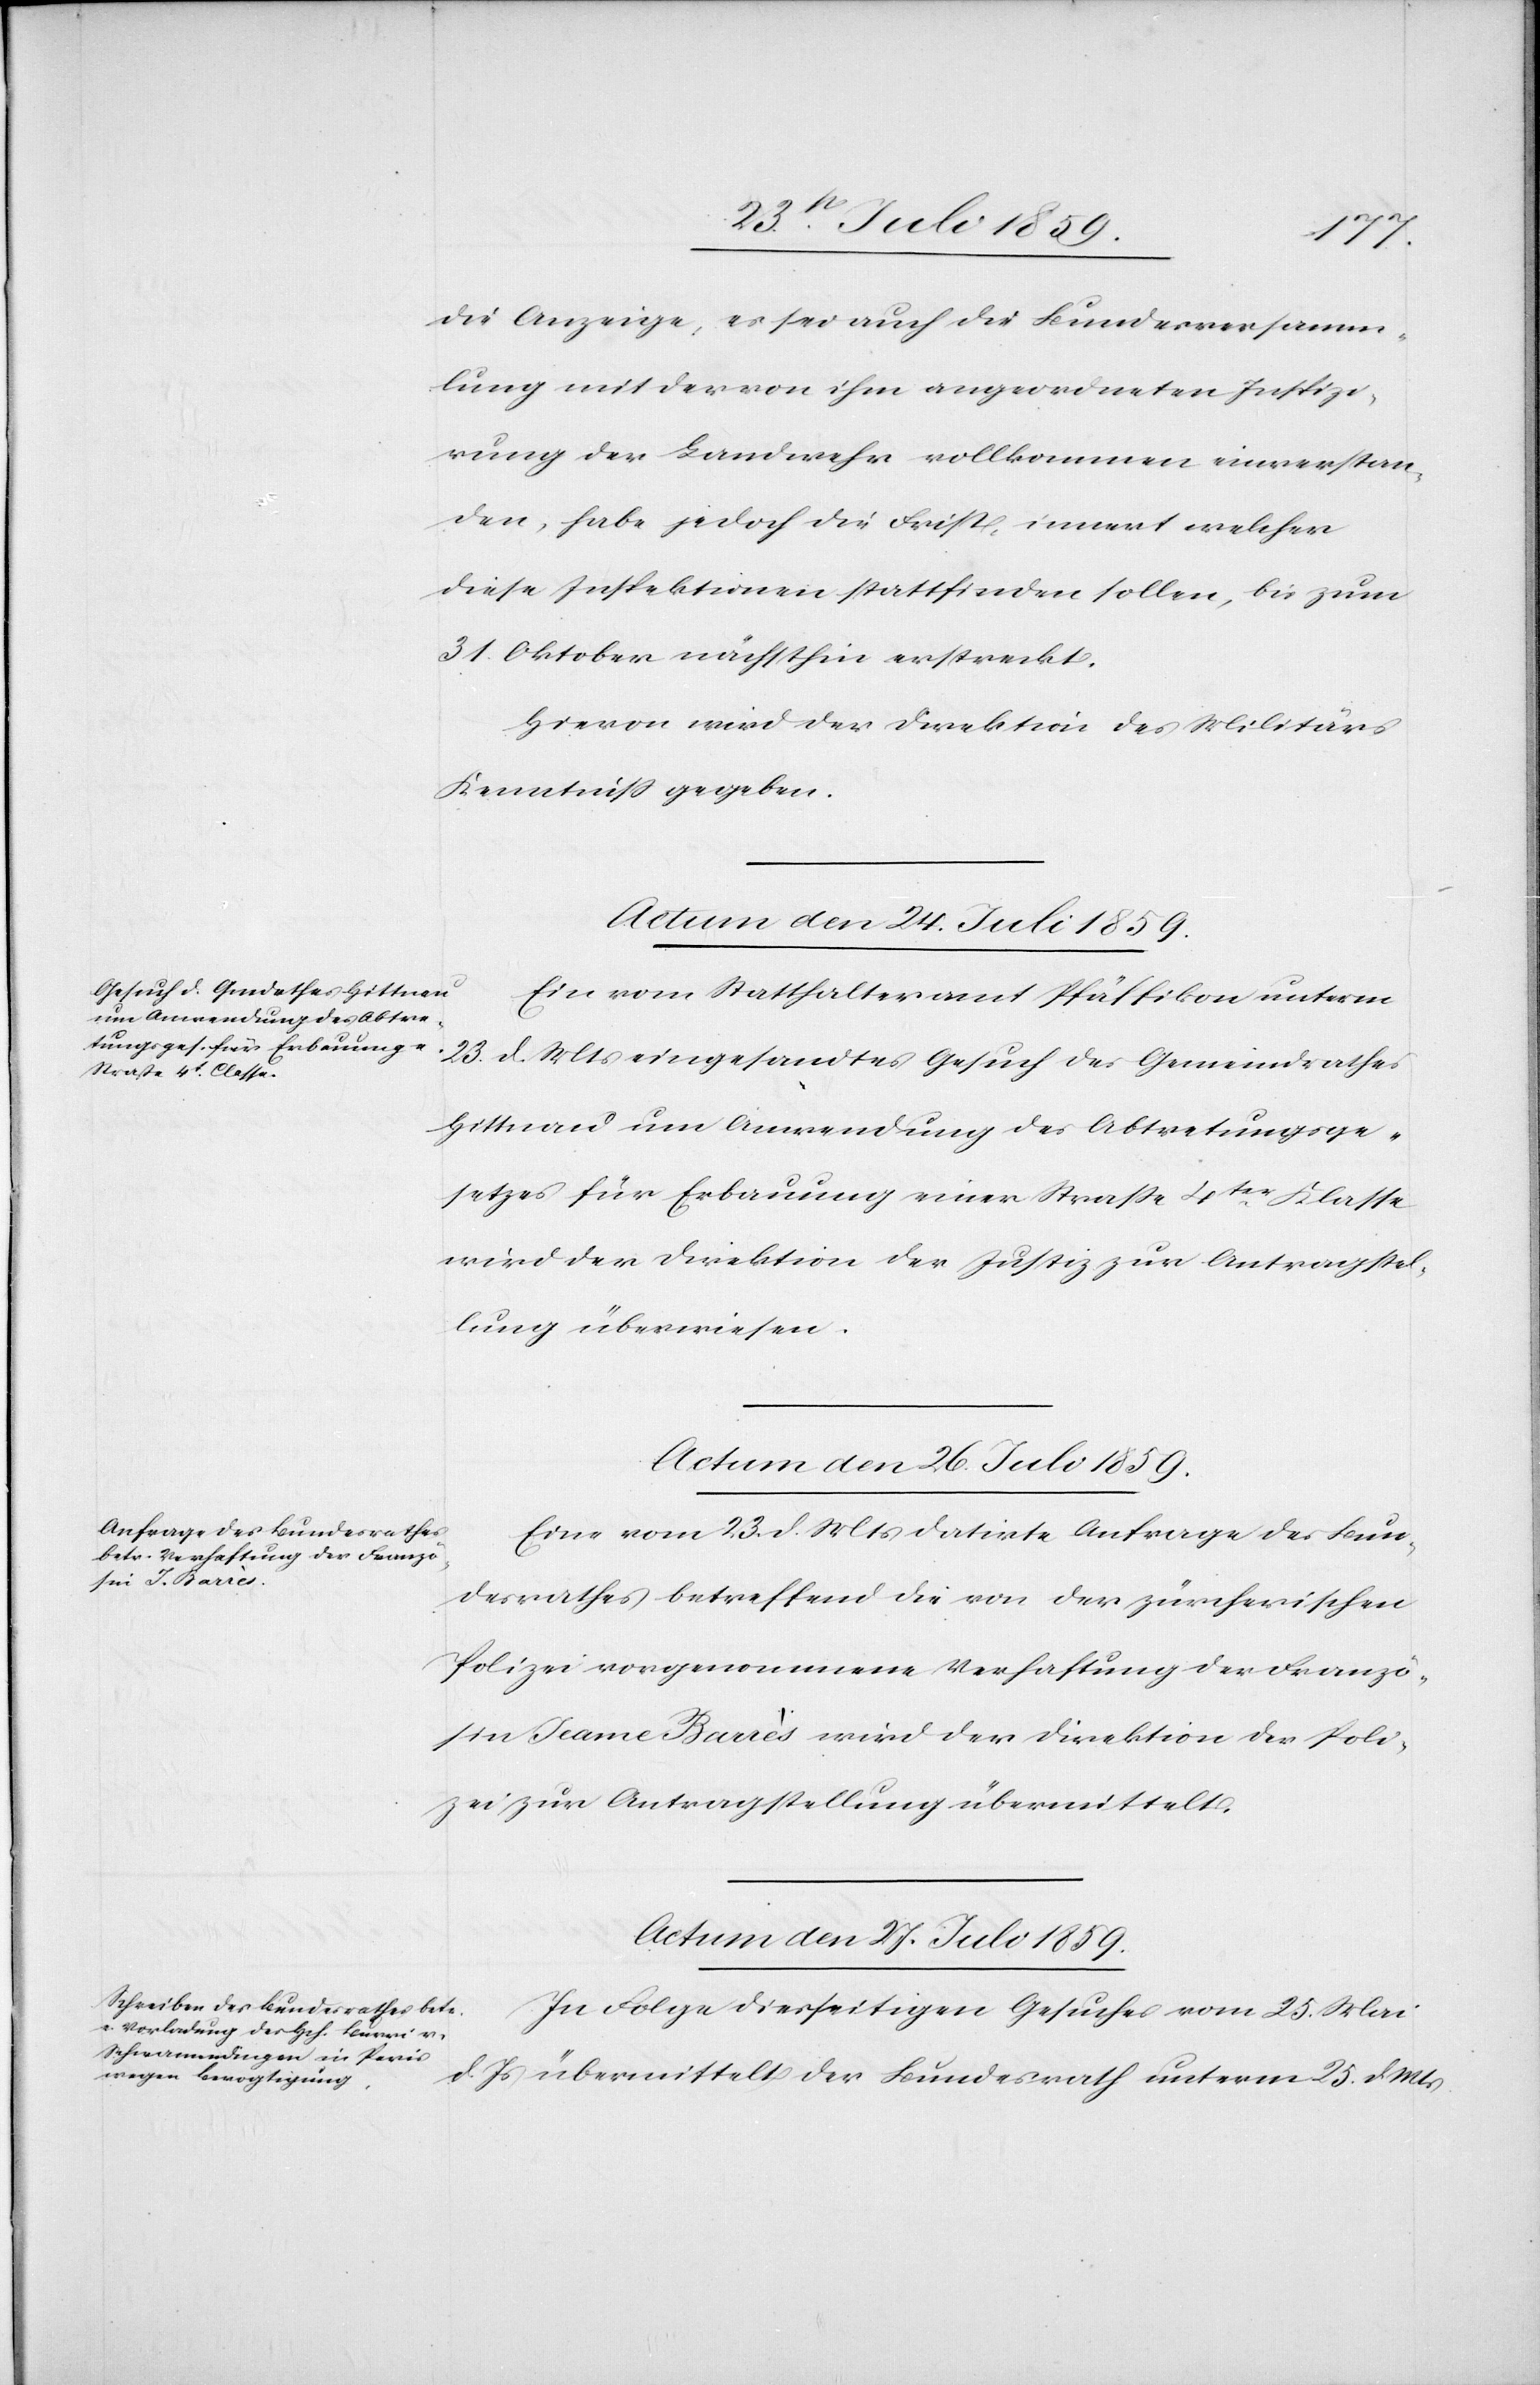
die Anzeige, es sei auch die Bundesversamm¬
lung mit der von ihm angeordneten Inspizi¬
rung der Landwehr vollkommen einverstan¬
den, habe jedoch die Frist, innert welcher
diese Inspektionen stattfinden sollen, bis zum
31. Oktober nächsthin erstreckt.
Hievon wird der Direktion des Militärs
Kenntniß gegeben.
Actum den 24. Juli 1859.
Ein vom Statthalteramt Pfäffikon unterm
23. d. Mts. eingesandtes Gesuch des Gemeindrathes
Hittnau um Anwendung des Abtretungsge¬
setzes für Erbauung einer Straße 4ter. Klasse
wird der Direktion der Justiz zur Antragstel¬
lung überwiesen.
Actum den 26. Juli 1859.
Eine vom 23. d. Mts. datirte Anfrage des Bun¬
desrathes betreffend die von der zürcherischen
Polizei vorgenommene Verhaftung der Franzö¬
sin Jeane Barrès wird der Direktion der Poli¬
zei zur Antragstellung übermittelt.
Actum den 27. Juli 1859.
In Folge diesseitigen Gesuches vom 25. Mai
d. Js. übermittelt der Bundesrath unterm 25. d. Mts.